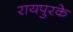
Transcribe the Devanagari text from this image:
रायपुरके